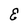
Character: E